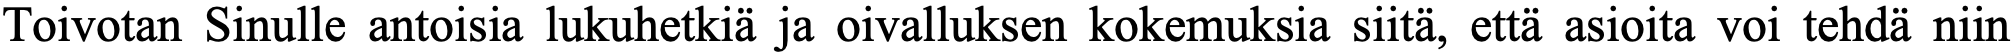
Toivotan Sinulle antoisia lukuhetkiä ja oivalluksen kokemuksia siitä, että asioita voi tehdä niin